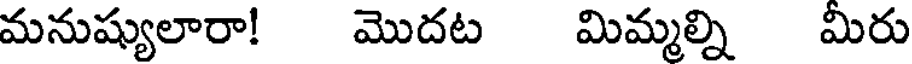
మనుష్యులారా! మొదట మిమ్మల్ని మీరు